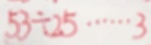
5 3 \div 2 5 \cdots 3